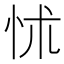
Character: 怵